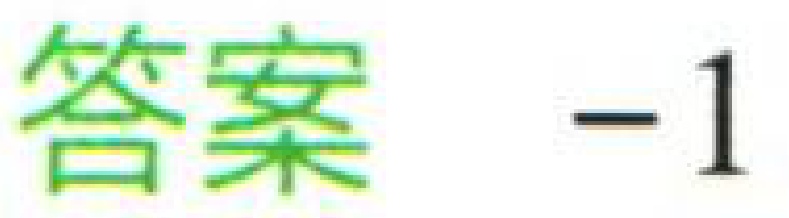
答案 -1